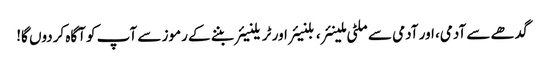
گدھے سے آدمی، اور آدمی سے ملٹی ملینئر، بلنیئر اور ٹریلنیئر بننے کے رموز سے آپ کو آگاہ کردوں گا!